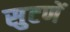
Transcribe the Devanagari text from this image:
सुटणें